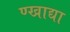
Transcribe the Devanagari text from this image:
ण्खाद्या